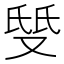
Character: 𱑹